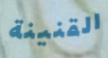
القنينة